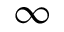
\infty